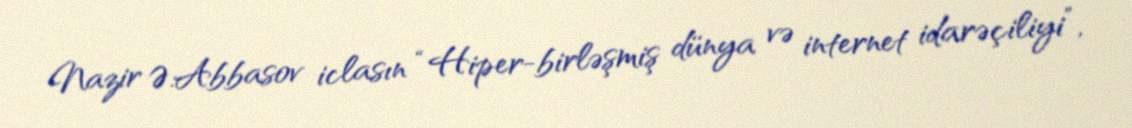
Nazir Ə.Abbasov iclasın “Hiper-birləşmiş dünya və internet idarəçiliyi”,